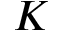
K